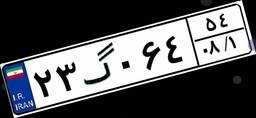
۵۲گ۱۰۰۲۶